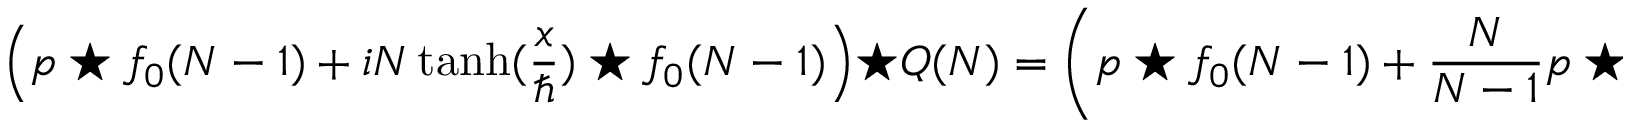
\left( p \star f _ { 0 } ( N - 1 ) + i N \operatorname { t a n h } ( { \frac { x } { \hbar } } ) \star f _ { 0 } ( N - 1 ) \right) \star Q ( N ) = \left( p \star f _ { 0 } ( N - 1 ) + { \frac { N } { N - 1 } } p \star f _ { 0 } ( N - 1 ) \right) \star Q ( N )